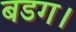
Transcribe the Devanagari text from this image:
बडग।